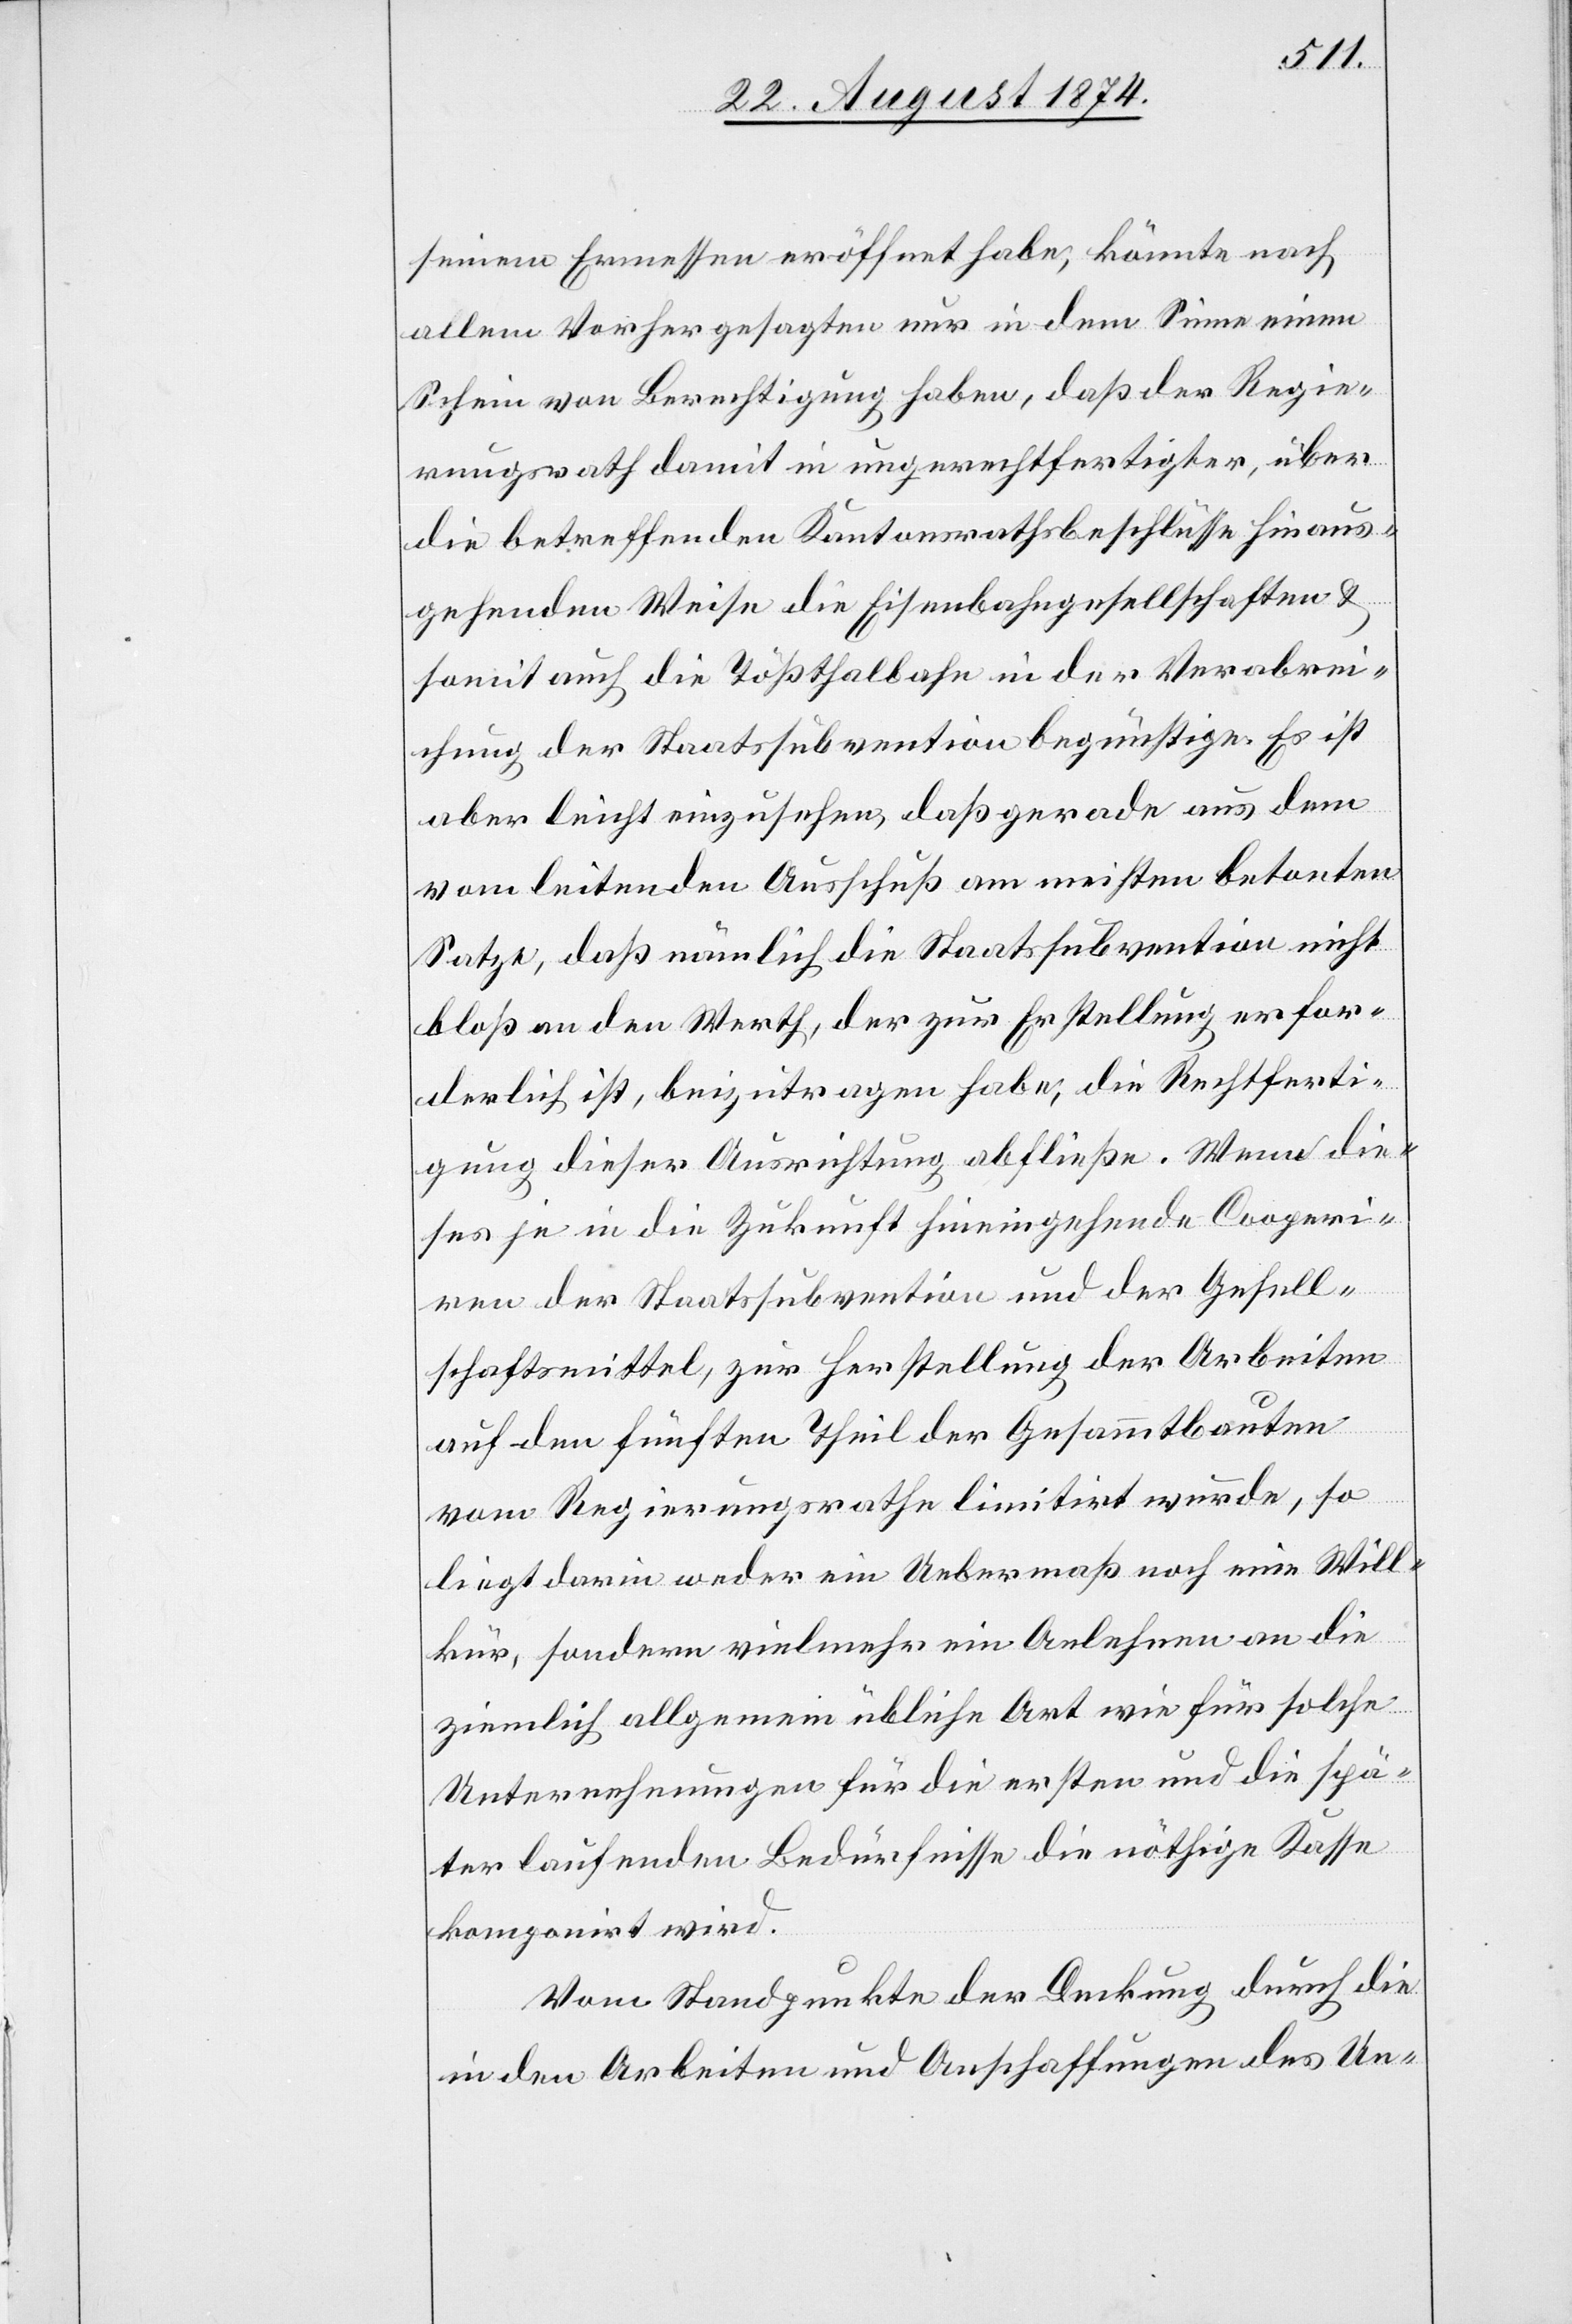
seinem Ermessen eröffnet habe, könnte nach
allem Vorhergesagten nur in dem Sinne einen
Schein von Berechtigung haben, daß der Regie¬
rungsrath damit in ungerechtfertigter, über
die betreffenden Kantonsrathsbeschlüsse hinaus¬
gehende Weise die Eisenbahngesellschaften u.
somit auch die Tößthalbahn in der Verabrei¬
chung der Staatssubvention begünstige. Es ist
aber leicht einzusehen, daß gerade aus dem
vom leitenden Ausschuß am meisten betonten
Satze, daß nämlich die Staatssubvention nicht
bloß an den Werth, der zur Erstellung erfor¬
derlich ist, beizutragen habe, die Rechtferti¬
gung dieser Ausrichtung abfließe. Wenn die¬
ses je in die Zukunft hineingehende Cooperi¬
ren der Staatssubvention und der Gesell¬
schaftsmittel, zur Herstellung der Arbeiten
auf dem fünften Theil der Gesammtbauten
vom Regierungsrathe limitirt wurde, so
liegt darin weder ein Uebermaß noch eine Will¬
kür, sondern vielmehr ein Anlehnen an die
ziemlich allgemein übliche Art wie für solche
Unternehmungen für die ersten und die spä¬
ter laufenden Bedürfnisse die nöthige Kasse
komponirt wird.
Vom Standpunkte der Deckung durch die
in den Arbeiten und Anschaffungen des Un-